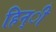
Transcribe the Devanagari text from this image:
हिन्ी